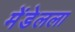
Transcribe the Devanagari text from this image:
मेंडेलला